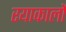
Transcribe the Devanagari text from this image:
रयाकार्लो